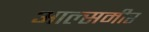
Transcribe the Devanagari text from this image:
आल्समीर